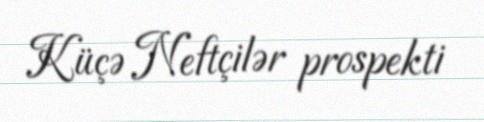
Küçə Neftçilər prospekti